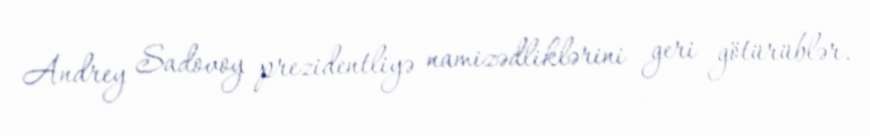
Andrey Sadovoy prezidentliyə namizədliklərini geri götürüblər.